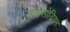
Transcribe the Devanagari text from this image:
डाईसोडियम